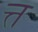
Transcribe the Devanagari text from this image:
त्त